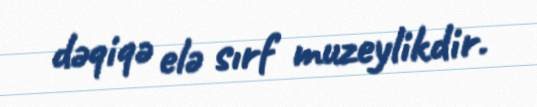
dəqiqə elə sırf muzeylikdir.